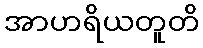
အာဟရိယတူတိ